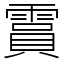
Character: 霣